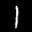
Label: 1